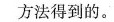
方法得到的。